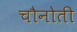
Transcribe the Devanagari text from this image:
चौनोती